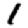
Digit: 1